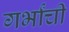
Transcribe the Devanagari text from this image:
गर्भांची